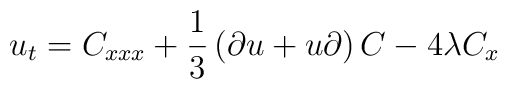
u_{t} = C_{xxx} + {1\over 3} \left(\partial u + u \partial\right) C -4 \lambda C_{x}